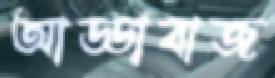
আড্ডাবাজ